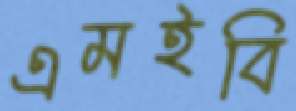
এমইবি